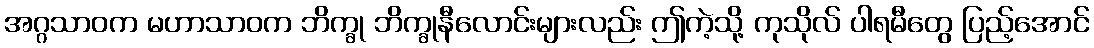
အဂ္ဂသာဝက မဟာသာဝက ဘိက္ခု ဘိက္ခုနီလောင်းများလည်း ဤကဲ့သို့ ကုသိုလ် ပါရမီတွေ ပြည့်အောင်